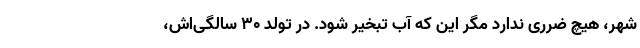
شهر، هیچ ضرری ندارد مگر این که آب تبخیر شود. در تولد ۳۰ سالگی‌اش،